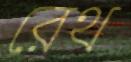
রেথ